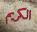
الكریم